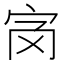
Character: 𡧝